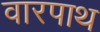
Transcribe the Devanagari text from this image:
वारपाथ